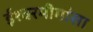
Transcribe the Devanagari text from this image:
ईश्वरमीमांसा